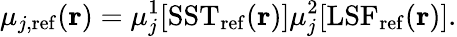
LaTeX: \mu_{j,\mathrm{ref}}(\mathbf{r})=\mu_{j}^{1}[\mathrm{SST}_{\mathrm{ref}}(\mathbf{r})]\mu_{j}^{2}[\mathrm{LSF}_{\mathrm{ref}}(\mathbf{r})].